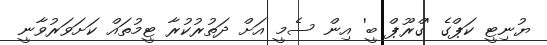
ޔުނިޓީ ކަޕްގެ 'ގްރޫޕް ބީ' އިން ސެމީ އަށް ދަތުރުކުރާ ޓީމުތައް ކަށަވަރުވާނީ